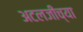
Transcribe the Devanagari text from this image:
अटलजींच्या